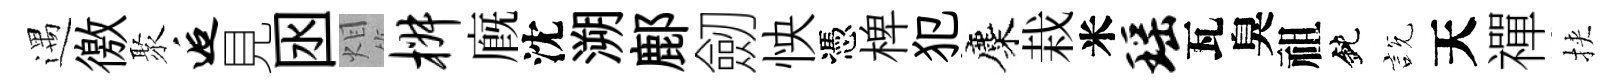
遇徼聚逅見囦𤇆椒廐沈溯鄜劒怏憑椑犯麋栽米瑶瓦臭祖鈍説天禪挾